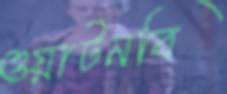
ওয়াটনবি